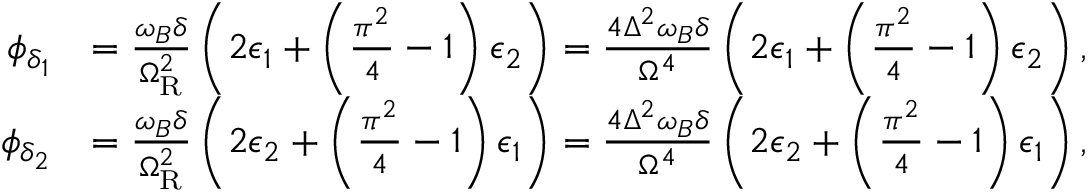
\begin{array} { r l } { \phi _ { \delta _ { 1 } } } & { = \frac { \omega _ { B } \delta } { \Omega _ { \mathrm { R } } ^ { 2 } } \left( 2 \epsilon _ { 1 } + \left( \frac { \pi ^ { 2 } } { 4 } - 1 \right) \epsilon _ { 2 } \right) = \frac { 4 \Delta ^ { 2 } \omega _ { B } \delta } { \Omega ^ { 4 } } \left( 2 \epsilon _ { 1 } + \left( \frac { \pi ^ { 2 } } { 4 } - 1 \right) \epsilon _ { 2 } \right) , } \\ { \phi _ { \delta _ { 2 } } } & { = \frac { \omega _ { B } \delta } { \Omega _ { \mathrm { R } } ^ { 2 } } \left( 2 \epsilon _ { 2 } + \left( \frac { \pi ^ { 2 } } { 4 } - 1 \right) \epsilon _ { 1 } \right) = \frac { 4 \Delta ^ { 2 } \omega _ { B } \delta } { \Omega ^ { 4 } } \left( 2 \epsilon _ { 2 } + \left( \frac { \pi ^ { 2 } } { 4 } - 1 \right) \epsilon _ { 1 } \right) , } \end{array}